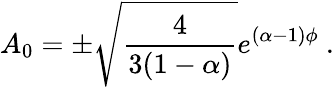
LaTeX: A_{0}=\pm\sqrt{{\frac{4}{3(1-\alpha)}}}e^{(\alpha-1)\phi}\ .